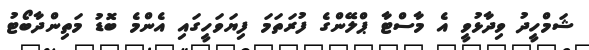
ޝަމްހީދު ވިދާޅުވީ އެ މާސްޓާ ޕްލޭންގެ ފުރަތަމަ ފިޔަވަހީގައި އެންމެ ބޮޑު މަތިންދާބޯޓު